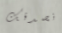
نصدقك